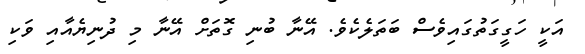
އަކީ ހަގީގަތުގައިވެސް ބަތަލެކެވެ. އޭނާ ބުނި ގޮތަށް އޭނާ މި ދުނިޔެއާއި ވަކި